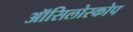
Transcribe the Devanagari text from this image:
ऑसिलोस्कोप